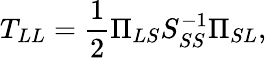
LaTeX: T_{LL}=\frac{1}{2}\Pi_{LS}S_{SS}^{-1}\Pi_{SL},